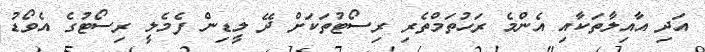
އަދި އާއިލާތަކާއި އެންމެ ރަހުތަމްތެރި ރިސޯޓުތަކަށް ދޭ ލީޑިން ފެމެލީ ރިސޯޓުގެ އެވޯޑު